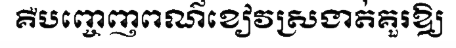
គឺបញ្ចេញពណ៌ខៀវស្រងាត់គួរឱ្យ